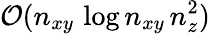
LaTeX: \mathcal{O}(n_{xy}\, \log n_{xy}\, n_{z}^{2})